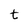
Character: t